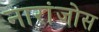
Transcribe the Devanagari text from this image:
नारांजोस